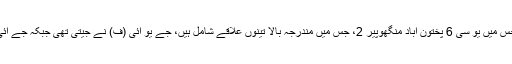
وہ گزشتہ بلدیاتی انتخابات کی مثال دیتے ہیں جس میں یو سی 6 پختون آباد منگھوپیر 2، جس میں مندرجہ بالا تینوں علاقے شامل ہیں، جے یو آئی (ف) نے جیتی تھی جبکہ جے آئی صرف چند ووٹوں سے دوسرے نمبر پر رہی۔